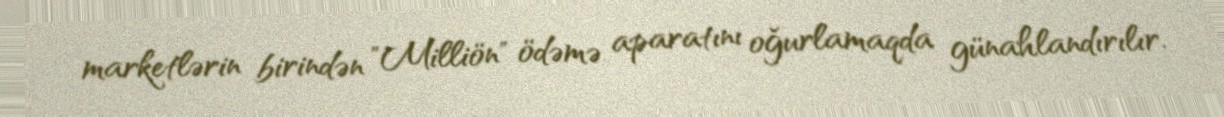
marketlərin birindən "Milliön" ödəmə aparatını oğurlamaqda günahlandırılır.